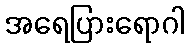
အရေပြားရောဂါ